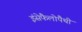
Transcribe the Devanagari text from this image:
इंसेफैलोपैथी